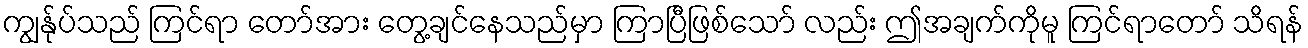
ကျွန်ုပ်သည် ကြင်ရာ တော်အား တွေ့ချင်နေသည်မှာ ကြာပြီဖြစ်သော် လည်း ဤအချက်ကိုမူ ကြင်ရာတော် သိရန်